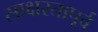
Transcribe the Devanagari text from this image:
साक्षरतापूर्व